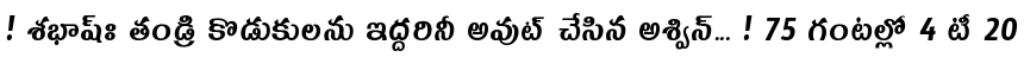
! శభాష్ః తండ్రి కొడుకులను ఇద్దరినీ అవుట్ చేసిన అశ్విన్... ! 75 గంటల్లో 4 టీ 20